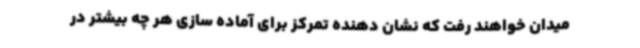
میدان خواهند رفت که نشان دهنده تمرکز برای آماده سازی هر چه بیشتر در